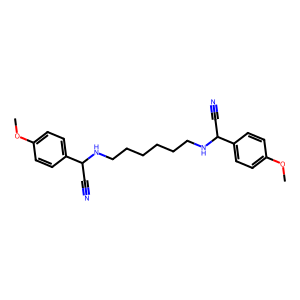
SMILES: COc1ccc(C(C#N)NCCCCCCNC(C#N)c2ccc(OC)cc2)cc1
Inhibits HIV replication: No